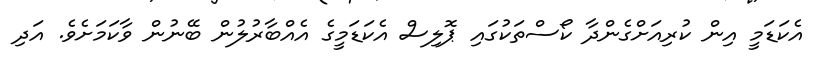
އެކަޑަމީ އިން ކުރިއަށްގެންދާ ކޯސްތަކުގައި ޕޮލިސް އެކަޑަމީގެ އެއްބާރުލުން ބޭނުން ވާކަމަށެވެ. އަދި